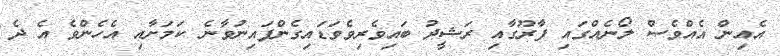
އެއިން އެއްވެސް ލޯނެއްގައި ފާރޫގާއި ރަޝީދު ބައިވެރިވެވަޑައިގެންފައިނުވާނެ ކަމަށާއި އެހެންވެ އެ ދެ